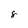
Character: 8